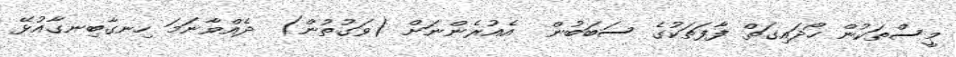
މީސްތަކުން ހޯދައިގަތް ފާފަތަކުގެ ސަބަބުން  އެއުރެންނަށް (ވަގުތުން)  ދެއްވާނަމަ ހިނގާބިނގާއުޅޭ